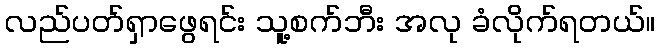
လည်ပတ်ရှာဖွေရင်း သူ့စက်ဘီး အလု ခံလိုက်ရတယ်။